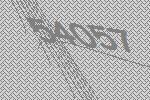
54057